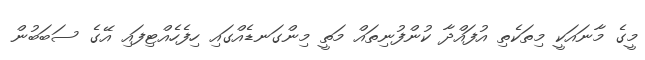
މީގެ މާނައަކީ މިތަކެތި އުފައްދާ ކުންފުނިތައް މަތީ މިންގަނޑެއްގައި ހިފެހެއްޓިފައި އޭގެ ސަބަބުން